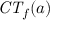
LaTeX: { \mathit { C T } } _ { f } ( a )